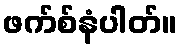
ဖက်စ်နံပါတ်။